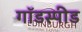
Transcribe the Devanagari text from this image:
गॉडस्पीड